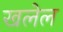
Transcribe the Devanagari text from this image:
खलेल